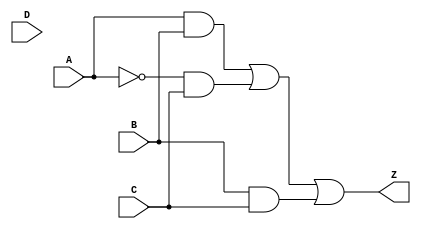
module prime_implicant_logic (
    input wire A,   // Input A
    input wire B,   // Input B
    input wire C,   // Input C
    input wire D,   // Input D (if needed for more variables)
    // Add more inputs as necessary
    output wire Z   // Output Z
);

// Combinational logic based on prime implicants
assign Z = (A & B) | (~A & C) | (B & C); // Example: Z = AB + A'C + BC

endmodule